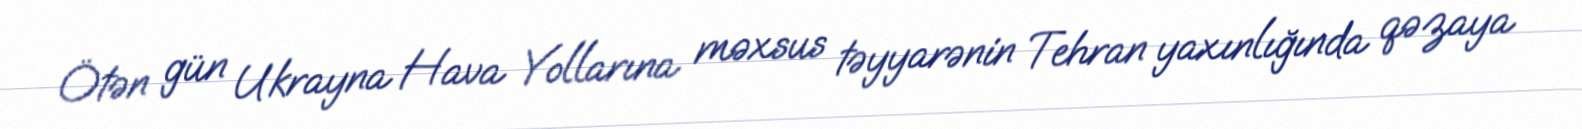
Ötən gün Ukrayna Hava Yollarına məxsus təyyarənin Tehran yaxınlığında qəzaya